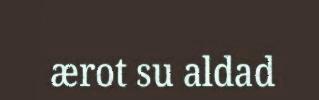
ærot su aldad